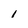
Character: l